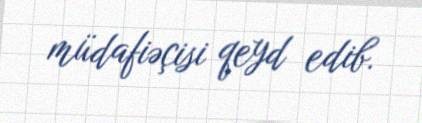
müdafiəçisi qeyd edib.